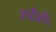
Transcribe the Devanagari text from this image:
रपटीली